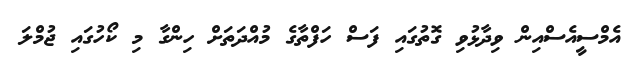
އެމްސީއެސްއިން ވިދާޅުވި ގޮތުގައި ފަސް ހަފްތާގެ މުއްދަތަށް ހިންގާ މި ކޯހުގައި ޖުމްލަ